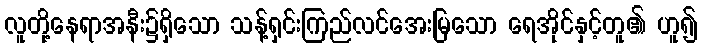
လူတို့နေရာအနီး၌ရှိသော သန့်ရှင်းကြည်လင်အေးမြသော ရေအိုင်နှင့်တူ၏ ဟူ၍